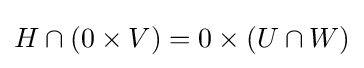
H\cap (0\times V)=0\times (U\cap W)